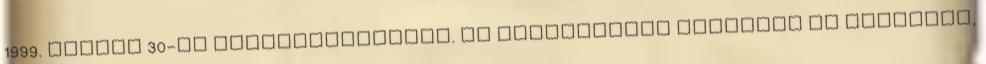
1999. június 30-ig meghosszabbítja. az alapítványi kérelmet az Oktatási,